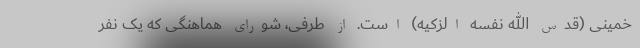
خمینی (قدس الله نفسه الزکیه) است. از طرفی، شورای هماهنگی که یک نفر